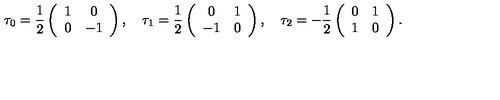
\tau _ { 0 } = \frac 1 2 \left( \begin{array} { c c } { 1 } & { 0 } \\ { 0 } & { - 1 } \\ \end{array} \right) , \quad \tau _ { 1 } = \frac 1 2 \left( \begin{array} { c c } { 0 } & { 1 } \\ { - 1 } & { 0 } \\ \end{array} \right) , \quad \tau _ { 2 } = - \frac 1 2 \left( \begin{array} { c c } { 0 } & { 1 } \\ { 1 } & { 0 } \\ \end{array} \right) .